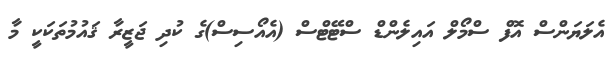
އެލަޔަންސް އޮފް ސްމޯލް އައިލެންޑް ސްޓޭޓްސް (އެއޯސިސް)ގެ ކުދި ޖަޒީރާ ޤައުމުތަކަކީ މާ